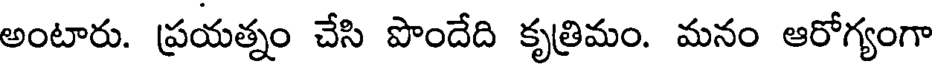
అంటారు. ప్రయత్నం చేసి పొందేది కృత్రిమం. మనం ఆరోగ్యంగా